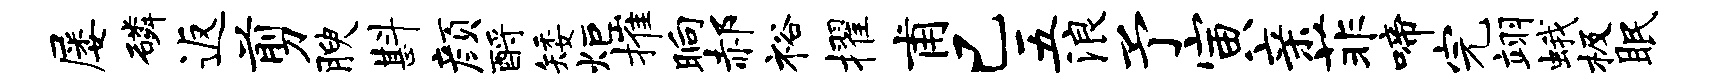
屡磷返剪腴斟颜酹矮炬摧晌郝裕擢甫已五浪予寅亲菲啼完翊蛾极眠